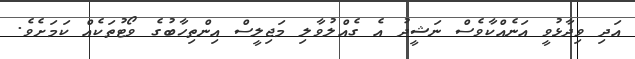
އަދި ވިދާޅުވީ އަނެއްކާވެސް ނަޝީދު އެ ގެއްލުވާލި މަޖިލީސް އިންތިހާބުގެ ވޯޓުތަކެއް ކަމަށެވެ.